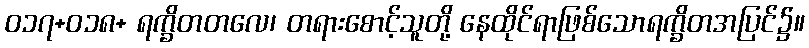
ဝ၁၇+ဝ၁၈+ ရက္ခိတတလေ၊ တရားစောင့်သူတို့ နေထိုင်ရာဖြစ်သောရက္ခိတအပြင်၌။